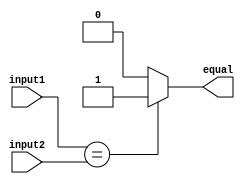
module Serial_Comparator (
    input [7:0] input1,
    input [7:0] input2,
    output equal
);

assign equal = (input1 == input2) ? 1'b1 : 1'b0;

endmodule